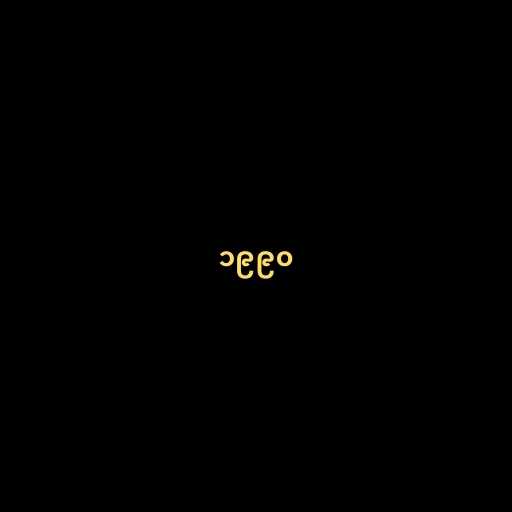
၁၉၉၀